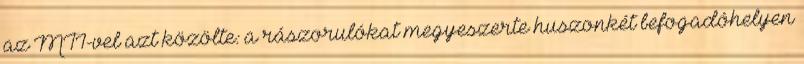
az MTI-vel azt közölte: a rászorulókat megyeszerte huszonkét befogadóhelyen